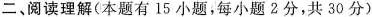
二、阅读理解(本题有 15 小题,每小题2分,共 30 分)